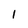
Character: 1